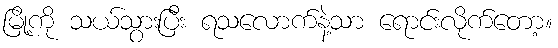
မြို့ကို သယ်သွားပြီး ရသလောက်နဲ့သာ ရောင်းလိုက်တော့။